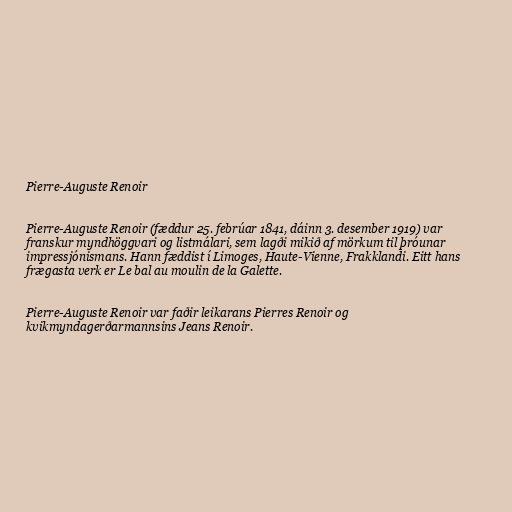
Pierre-Auguste Renoir

Pierre-Auguste Renoir (fæddur 25. febrúar 1841, dáinn 3. desember 1919) var
franskur myndhöggvari og listmálari, sem lagði mikið af mörkum til þróunar
impressjónismans. Hann fæddist í Limoges, Haute-Vienne, Frakklandi. Eitt hans
frægasta verk er Le bal au moulin de la Galette.

Pierre-Auguste Renoir var faðir leikarans Pierres Renoir og
kvikmyndagerðarmannsins Jeans Renoir.